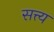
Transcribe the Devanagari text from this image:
सत्त्य